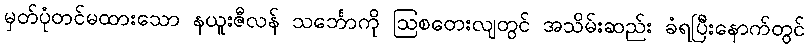
မှတ်ပုံတင်မထားသော နယူးဇီလန် သင်္ဘောကို ဩစတေးလျတွင် အသိမ်းဆည်း ခံရပြီးနောက်တွင်